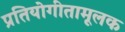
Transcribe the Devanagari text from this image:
प्रतियोगीतामूलक